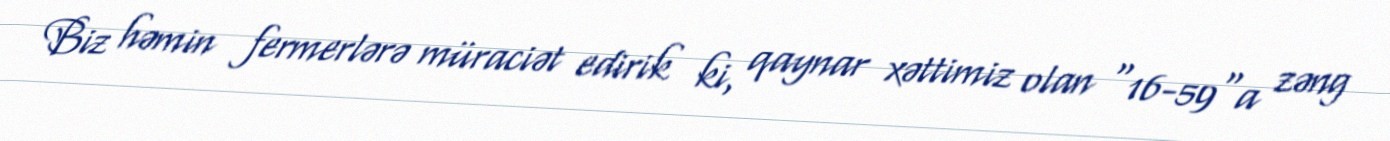
Biz həmin fermerlərə müraciət edirik ki, qaynar xəttimiz olan "16-59"a zəng